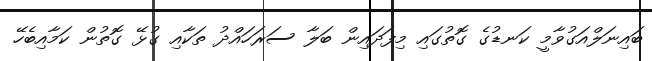
ބައިނަލްއަގުވާމީ ކަނޑުގެ ގޮތުގައި މިފަދައިން ބަލާ ސަރަހައްދު ތަކާއި ގުޅޭ ގޮތުން ކަމާއިބެހޭ